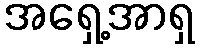
အရှေ့အာရှ